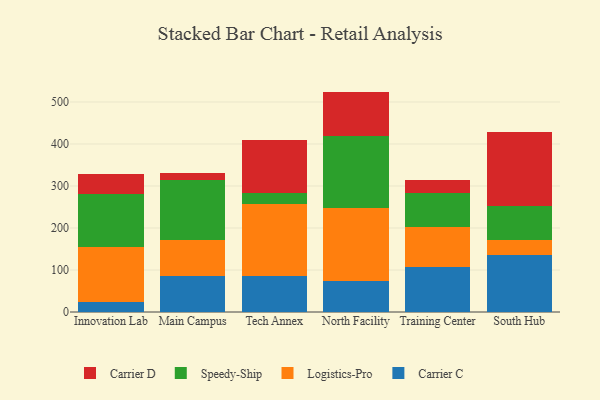
{"axis": {"x": "Campus", "y": "Market Share (%)"}, "legend": ["Carrier C", "Carrier D", "Logistics-Pro", "Speedy-Ship"], "data": [{"x": "Innovation Lab", "y": 23.0, "type": "Carrier C"}, {"x": "Innovation Lab", "y": 130.8, "type": "Logistics-Pro"}, {"x": "Innovation Lab", "y": 128.0, "type": "Speedy-Ship"}, {"x": "Innovation Lab", "y": 46.1, "type": "Carrier D"}, {"x": "Main Campus", "y": 84.9, "type": "Carrier C"}, {"x": "Main Campus", "y": 85.7, "type": "Logistics-Pro"}, {"x": "Main Campus", "y": 142.9, "type": "Speedy-Ship"}, {"x": "Main Campus", "y": 18.1, "type": "Carrier D"}, {"x": "Tech Annex", "y": 84.7, "type": "Carrier C"}, {"x": "Tech Annex", "y": 171.5, "type": "Logistics-Pro"}, {"x": "Tech Annex", "y": 27.6, "type": "Speedy-Ship"}, {"x": "Tech Annex", "y": 124.9, "type": "Carrier D"}, {"x": "North Facility", "y": 74.6, "type": "Carrier C"}, {"x": "North Facility", "y": 173.4, "type": "Logistics-Pro"}, {"x": "North Facility", "y": 171.6, "type": "Speedy-Ship"}, {"x": "North Facility", "y": 105.1, "type": "Carrier D"}, {"x": "Training Center", "y": 107.0, "type": "Carrier C"}, {"x": "Training Center", "y": 94.5, "type": "Logistics-Pro"}, {"x": "Training Center", "y": 82.6, "type": "Speedy-Ship"}, {"x": "Training Center", "y": 29.2, "type": "Carrier D"}, {"x": "South Hub", "y": 134.6, "type": "Carrier C"}, {"x": "South Hub", "y": 36.6, "type": "Logistics-Pro"}, {"x": "South Hub", "y": 82.1, "type": "Speedy-Ship"}, {"x": "South Hub", "y": 175.5, "type": "Carrier D"}]}